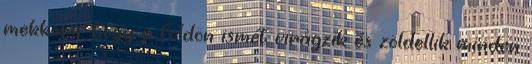
mekkora: hogy a földön ismét virágzik és zöldellik minden